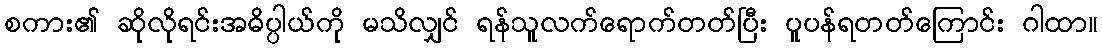
စကား၏ ဆိုလိုရင်းအဓိပ္ပါယ်ကို မသိလျှင် ရန်သူလက်ရောက်တတ်ပြီး ပူပန်ရတတ်ကြောင်း ဂါထာ။